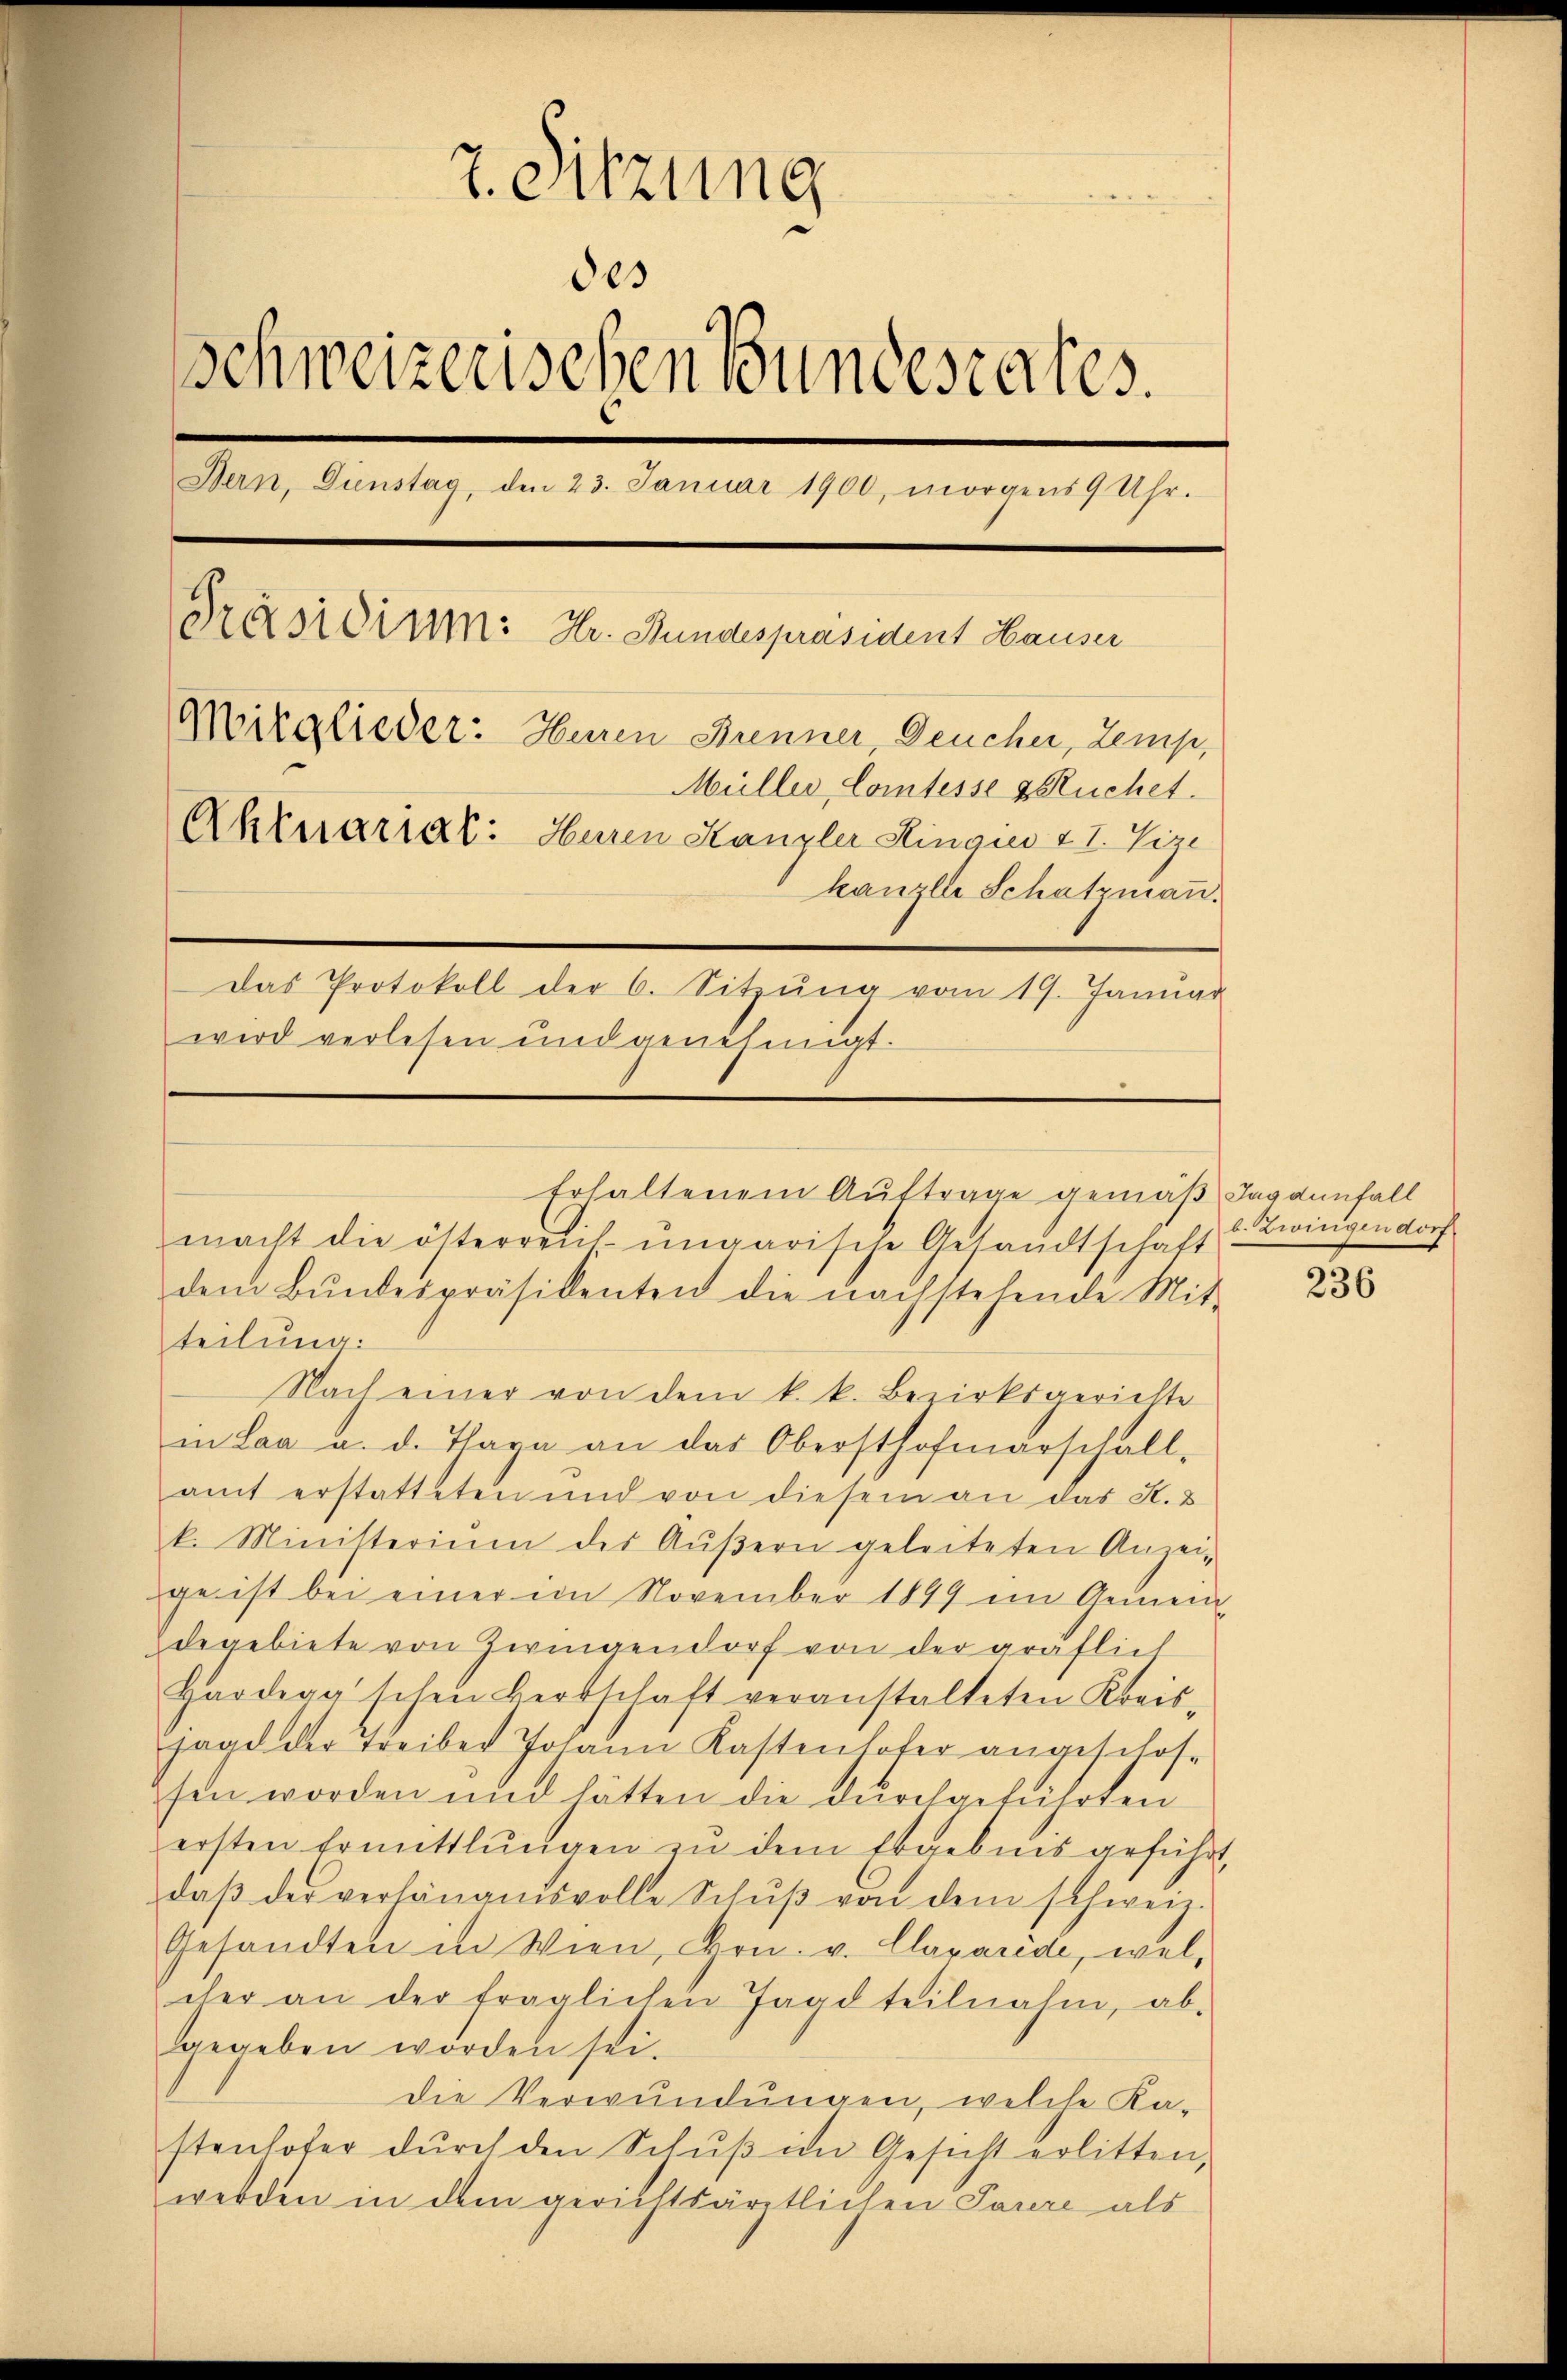
7. Sitzung
des
Schweizerischen Bundesrates.
Dern, Dienstag, den 23. Januar 1900, morgens 9 Uhr.
Präsidium: Hr. Bundespräsident Hauser
Mitglieder: Huren Brenner, Deucher, Lemp,
Müller Comtesse Ruchet.
Aktuariat: Huren Kanzler Hingies 27. Vize
kanzlei Schatzmann.
Das Protokoll der 6. Sitzŭng vom 19. Januar
wird verlesen und genehmigt.

macht die österreich-ungarische Gesandtschaft
dem Bŭndespräsidenten die nachstehende Mit-
teilung:
Nach einer von dem k. k. Bezirksgerichte
in Laa a. d. Tarn an das Obersthofmarschall-
amt erstatteten und von diesem an das K. 3
k. Ministerium der Aŭβern geleiteten Anzei-
ge ist bei einer im November 1849 im Gemein-
degebiete von Zwingendorf von der gräflich
Hardegg schen Bertschaft veranstalteten Kreis-
sage der Treiber Johann Kastenhofer angeschossen worden und hätten die durchgeführten
ersten Ermittlungen in dem Ergebnis geführt,
daβ der verhängnisvolle Schŭβ von dem schweiz.
Gesandten in Wien, Hrn. v. Clavaride, welcher an der fraglichen Tage teilnahm, ab-
gegeben worden sei.
die Verwundungen, welche Ka-
stenhofer dŭrch den Schŭβ im Gesicht erlitten,
werden in dem gerichtsärztlichen Parere als

Erhaltenem Auftrage gemäß Tagannfall

b. Zwingen dorf.

236